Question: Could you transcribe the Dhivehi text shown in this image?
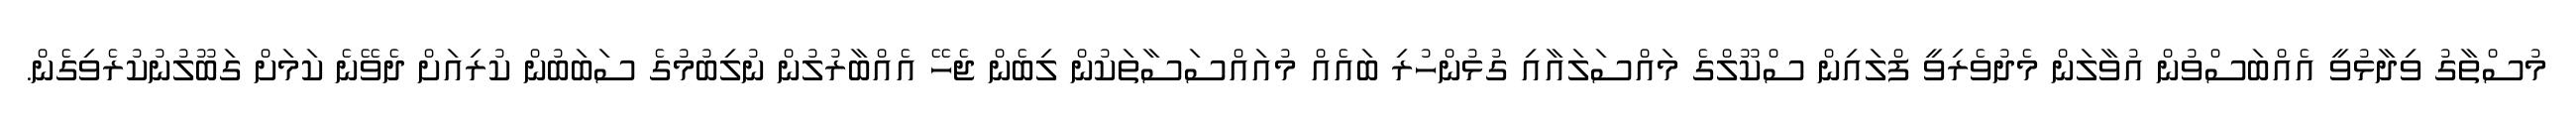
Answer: މުސްތާގު ވިދާޅުވީ އެއްބަސްވުން އުވާލަން މެދުވެރިވީ ފްލައިން ސްކޫލްގެ މައްސަލައާއި ގުޅުންހުރި ބައެއް މުއައްސަސާތަކުން ލިބެން ޖެހޭ އެއްބާރުލުން ނުލިބުމުގެ ސަބަބުން ކުރިއަށް ދެވޭނެ ކަމަށް ގަބޫލުނުކުރެވިގެން.